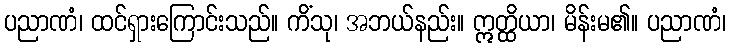
ပညာဏံ၊ ထင်ရှားကြောင်းသည်။ ကိံသု၊ အဘယ်နည်း။ ဣတ္ထိယာ၊ မိန်းမ၏။ ပညာဏံ၊